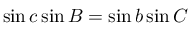
\sin c \sin B = \sin b \sin C